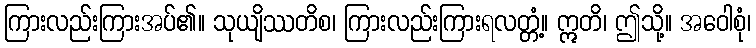
ကြားလည်းကြားအပ်၏။ သုယျိဿတိစ၊ ကြားလည်းကြားရလတ္တံ့။ ဣတိ၊ ဤသို့။ အဝေါစုံ၊